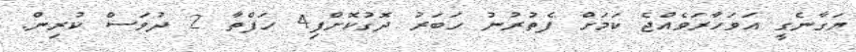
ޔަގާނެގީ އަވަހާރަވެއްޖެ ކަމަށް ފެތުރުނު ހަބަރު ދޮގުކޮށްފި4 ހަފްތާ 2 ދުވަސް ކުރިން.